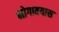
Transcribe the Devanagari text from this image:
भोगावयास